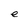
Character: e